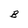
Character: B